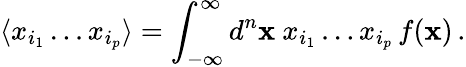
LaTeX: \langle x_{i_{1}}\dots x_{i_{p}}\rangle=\int_{-\infty}^{\infty}d^{n}{\mathbf x}\ x_{i_{1}}\dots x_{i_{p}}\, f({\mathbf x})\, .